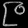
Digit: ၉